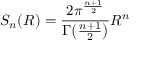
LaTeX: S _ { n } ( R ) = { \frac { 2 \pi ^ { \frac { n + 1 } { 2 } } } { \Gamma { \big ( } { \frac { n + 1 } { 2 } } { \big ) } } } R ^ { n }